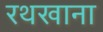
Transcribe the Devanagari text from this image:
रथखाना